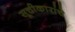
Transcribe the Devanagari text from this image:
सूचीकारांचे